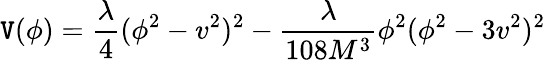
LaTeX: \mathtt{V}(\phi)=\frac{{\lambda}}{{4}}(\phi^{2}-v^{2})^{2}-\frac{{\lambda}}{{108M^{3}}}\phi^{2}(\phi^{2}-3v^{2})^{2}